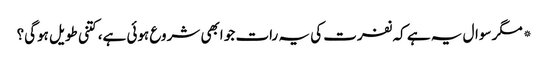
*مگر سوال یہ ہے کہ نفرت کی یہ رات جو ابھی شروع ہوئی ہے، کتنی طویل ہوگی؟